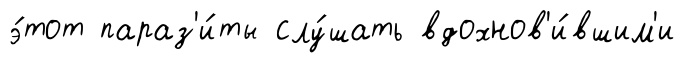
э́тот параз'и́ты слу́шать вдохнов'и́вшим'и